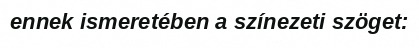
ennek ismeretében a színezeti szöget: